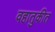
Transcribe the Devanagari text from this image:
वहातुकीत